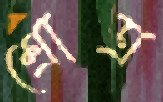
শ্রোত্র